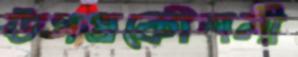
উপপ্রকৌশলী